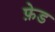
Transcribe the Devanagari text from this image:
फ़ेड